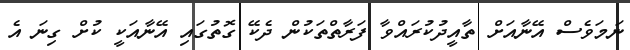
ނަމަވެސް އޭނާއަށް ތާއީދުކުރައްވާ ފަރާތްތަކުން ދެކޭ ގޮތުގައި އޭނާއަކީ ކުށް ގިނަ އެ